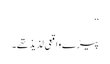
‘‘
پیڑے واقعی لذیذ تھے۔